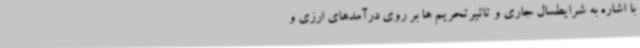
با اشاره به شرایطسال جاری و تاثیرتحریم ها بر روی درآمدهای ارزی و